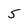
Character: 5